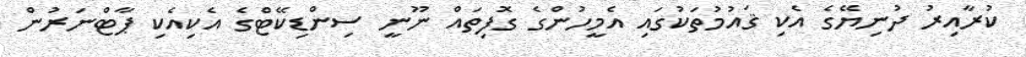
ކުރާއިރު ދުނިޔޭގެ އެކި ޤައުމުތަކުގައި އެމީހުންގެ ގޮފިތައް ނޫނީ ސިންޑިކޭޓްގެ އެކިއެކި ޕާޓްނަރުން